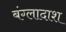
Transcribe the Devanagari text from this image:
बंग्लादाश